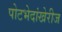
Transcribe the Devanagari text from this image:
पोटभेदांखेरीज